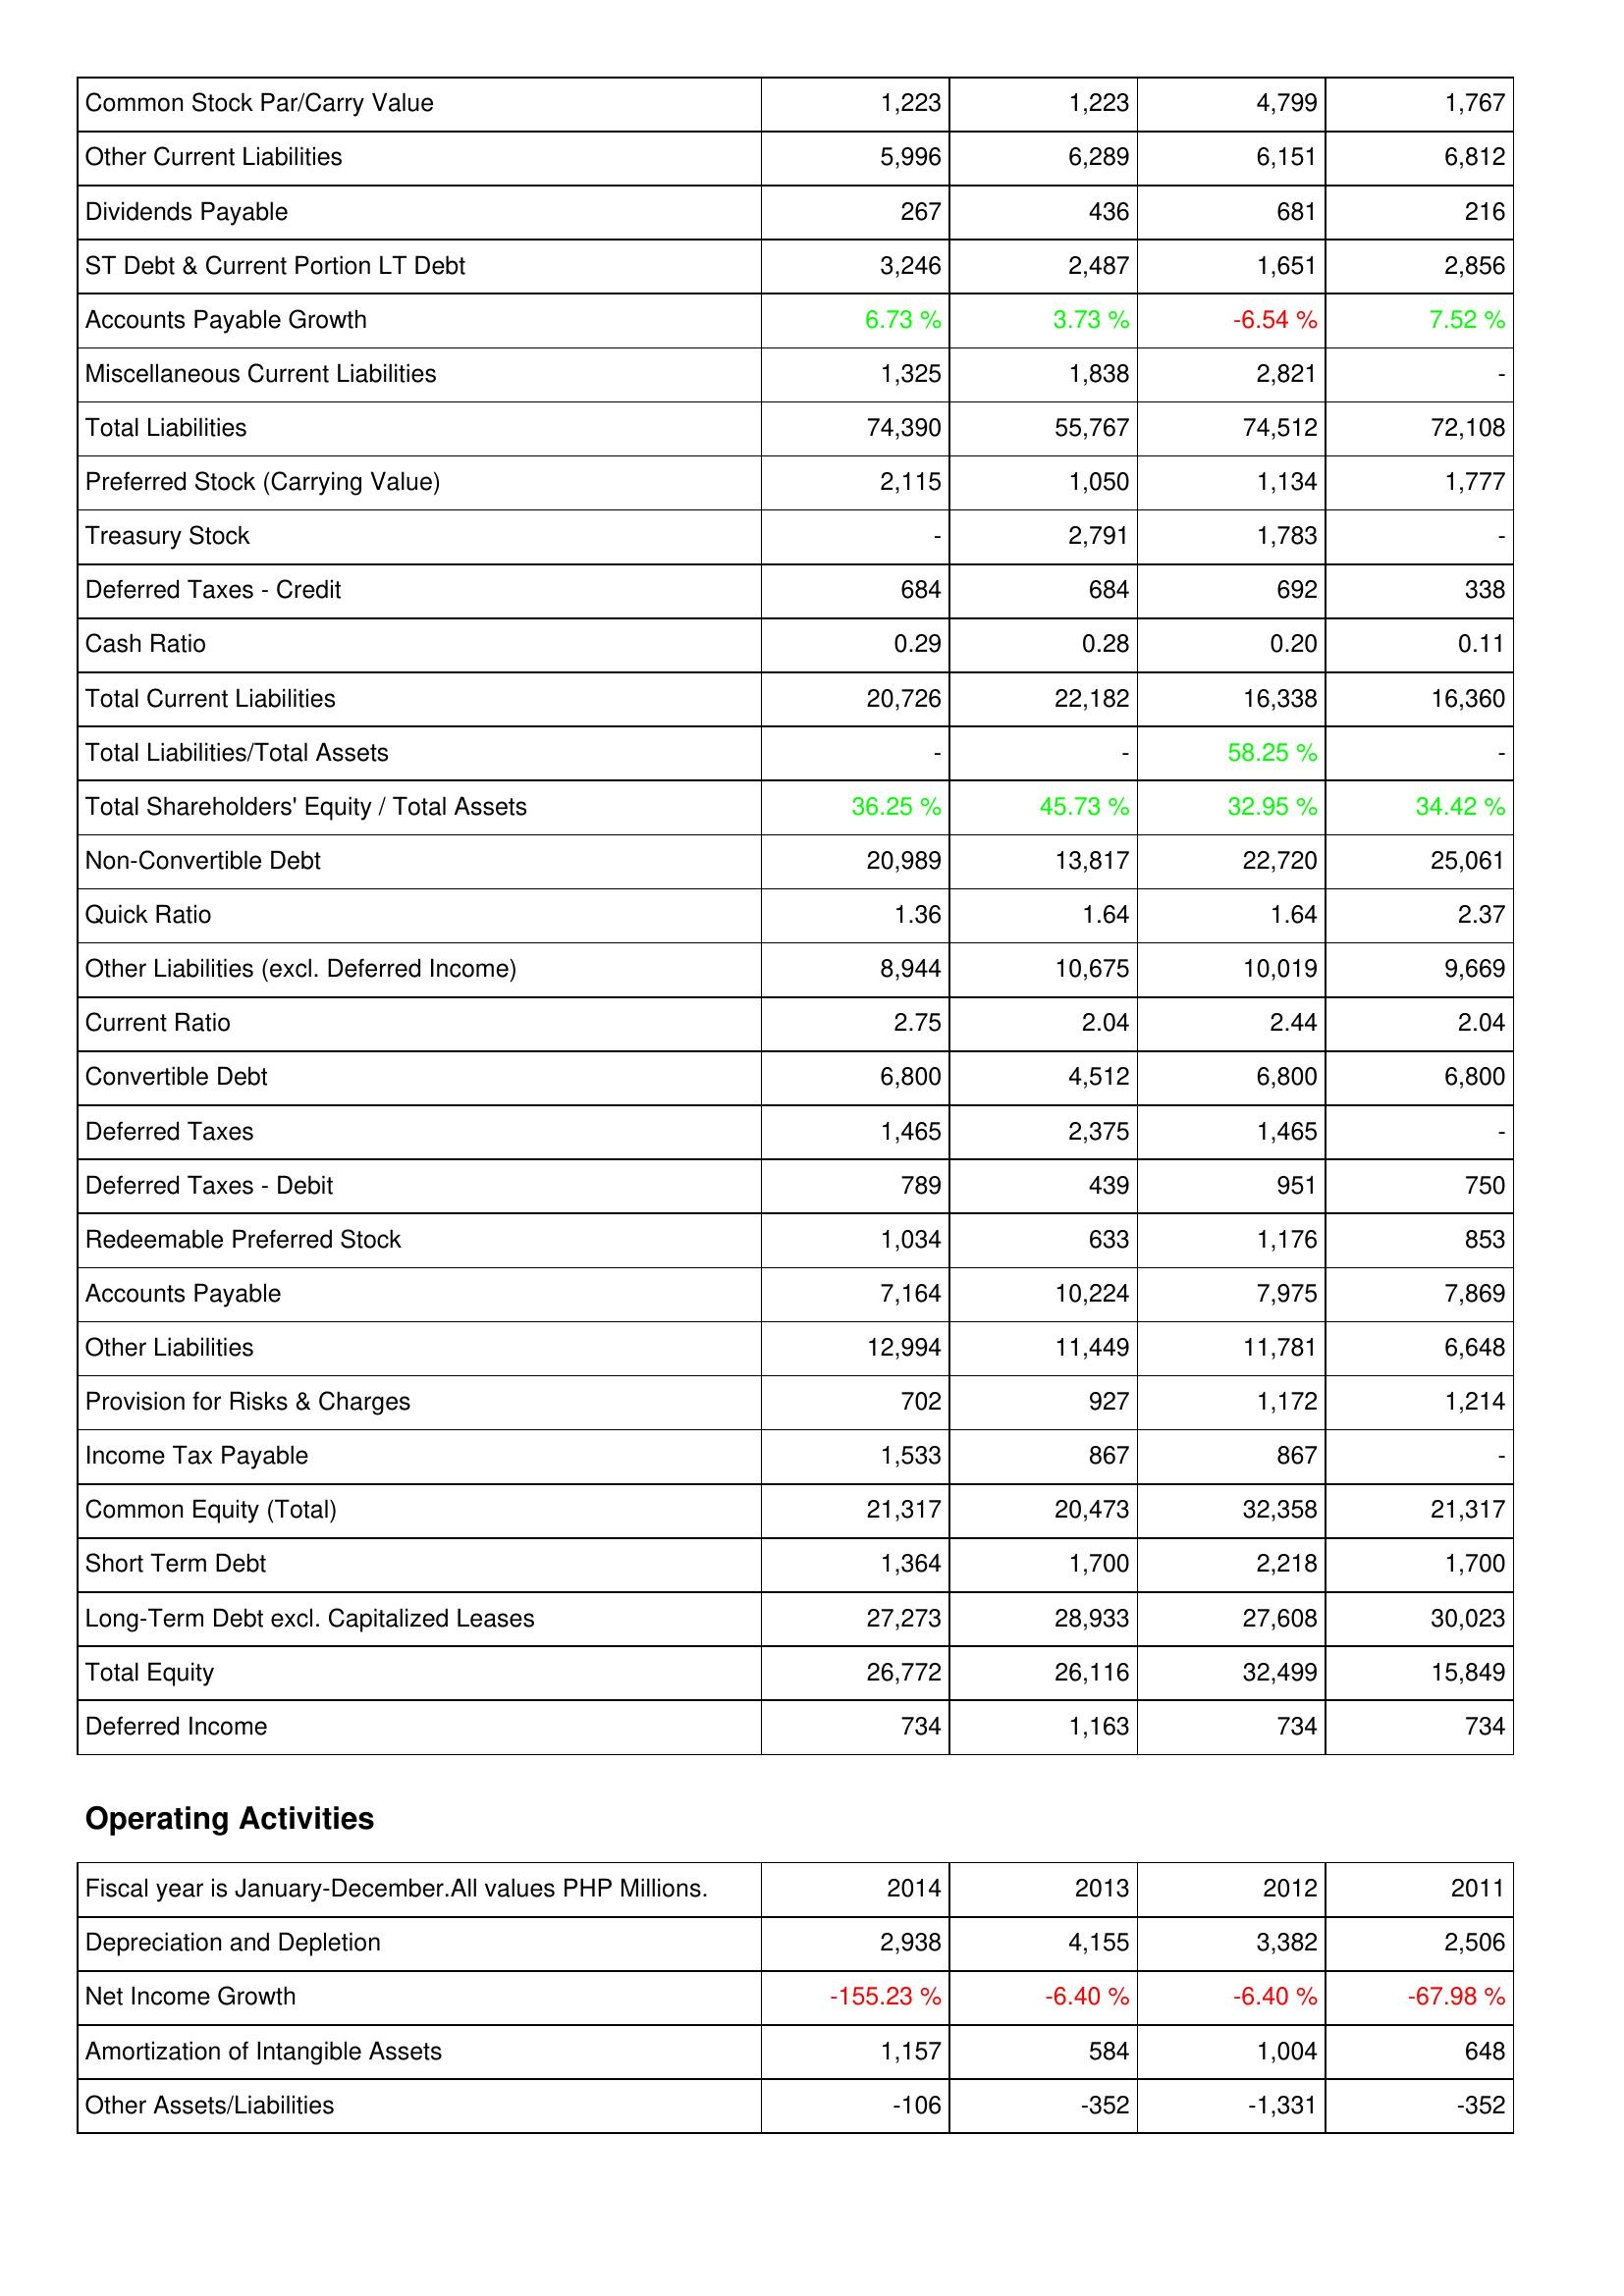
2014: Liabilities & Shareholders' Equity: Common Stock Par/Carry Value: 1,223
Other Current Liabilities: 5,996
Dividends Payable: 267
ST Debt & Current Portion LT Debt: 3,246
Accounts Payable Growth: 6.73 %
Miscellaneous Current Liabilities: 1,325
Total Liabilities: 74,390
Preferred Stock (Carrying Value): 2,115
Treasury Stock: -
Deferred Taxes - Credit: 684
Cash Ratio: 0.29
Total Current Liabilities: 20,726
Total Liabilities/Total Assets: -
Total Shareholders' Equity / Total Assets: 36.25 %
Non-Convertible Debt: 20,989
Quick Ratio: 1.36
Other Liabilities (excl. Deferred Income): 8,944
Current Ratio: 2.75
Convertible Debt: 6,800
Deferred Taxes: 1,465
Deferred Taxes - Debit: 789
Redeemable Preferred Stock: 1,034
Accounts Payable: 7,164
Other Liabilities: 12,994
Provision for Risks & Charges: 702
Income Tax Payable: 1,533
Common Equity (Total): 21,317
Short Term Debt: 1,364
Long-Term Debt excl. Capitalized Leases: 27,273
Total Equity: 26,772
Deferred Income: 734
Operating Activities: Depreciation and Depletion: 2,938
Net Income Growth: -155.23 %
Amortization of Intangible Assets: 1,157
Other Assets/Liabilities: -106
2013: Liabilities & Shareholders' Equity: Common Stock Par/Carry Value: 1,223
Other Current Liabilities: 6,289
Dividends Payable: 436
ST Debt & Current Portion LT Debt: 2,487
Accounts Payable Growth: 3.73 %
Miscellaneous Current Liabilities: 1,838
Total Liabilities: 55,767
Preferred Stock (Carrying Value): 1,050
Treasury Stock: 2,791
Deferred Taxes - Credit: 684
Cash Ratio: 0.28
Total Current Liabilities: 22,182
Total Liabilities/Total Assets: -
Total Shareholders' Equity / Total Assets: 45.73 %
Non-Convertible Debt: 13,817
Quick Ratio: 1.64
Other Liabilities (excl. Deferred Income): 10,675
Current Ratio: 2.04
Convertible Debt: 4,512
Deferred Taxes: 2,375
Deferred Taxes - Debit: 439
Redeemable Preferred Stock: 633
Accounts Payable: 10,224
Other Liabilities: 11,449
Provision for Risks & Charges: 927
Income Tax Payable: 867
Common Equity (Total): 20,473
Short Term Debt: 1,700
Long-Term Debt excl. Capitalized Leases: 28,933
Total Equity: 26,116
Deferred Income: 1,163
Operating Activities: Depreciation and Depletion: 4,155
Net Income Growth: -6.40 %
Amortization of Intangible Assets: 584
Other Assets/Liabilities: -352
2012: Liabilities & Shareholders' Equity: Common Stock Par/Carry Value: 4,799
Other Current Liabilities: 6,151
Dividends Payable: 681
ST Debt & Current Portion LT Debt: 1,651
Accounts Payable Growth: -6.54 %
Miscellaneous Current Liabilities: 2,821
Total Liabilities: 74,512
Preferred Stock (Carrying Value): 1,134
Treasury Stock: 1,783
Deferred Taxes - Credit: 692
Cash Ratio: 0.20
Total Current Liabilities: 16,338
Total Liabilities/Total Assets: 58.25 %
Total Shareholders' Equity / Total Assets: 32.95 %
Non-Convertible Debt: 22,720
Quick Ratio: 1.64
Other Liabilities (excl. Deferred Income): 10,019
Current Ratio: 2.44
Convertible Debt: 6,800
Deferred Taxes: 1,465
Deferred Taxes - Debit: 951
Redeemable Preferred Stock: 1,176
Accounts Payable: 7,975
Other Liabilities: 11,781
Provision for Risks & Charges: 1,172
Income Tax Payable: 867
Common Equity (Total): 32,358
Short Term Debt: 2,218
Long-Term Debt excl. Capitalized Leases: 27,608
Total Equity: 32,499
Deferred Income: 734
Operating Activities: Depreciation and Depletion: 3,382
Net Income Growth: -6.40 %
Amortization of Intangible Assets: 1,004
Other Assets/Liabilities: -1,331
2011: Liabilities & Shareholders' Equity: Common Stock Par/Carry Value: 1,767
Other Current Liabilities: 6,812
Dividends Payable: 216
ST Debt & Current Portion LT Debt: 2,856
Accounts Payable Growth: 7.52 %
Miscellaneous Current Liabilities: -
Total Liabilities: 72,108
Preferred Stock (Carrying Value): 1,777
Treasury Stock: -
Deferred Taxes - Credit: 338
Cash Ratio: 0.11
Total Current Liabilities: 16,360
Total Liabilities/Total Assets: -
Total Shareholders' Equity / Total Assets: 34.42 %
Non-Convertible Debt: 25,061
Quick Ratio: 2.37
Other Liabilities (excl. Deferred Income): 9,669
Current Ratio: 2.04
Convertible Debt: 6,800
Deferred Taxes: -
Deferred Taxes - Debit: 750
Redeemable Preferred Stock: 853
Accounts Payable: 7,869
Other Liabilities: 6,648
Provision for Risks & Charges: 1,214
Income Tax Payable: -
Common Equity (Total): 21,317
Short Term Debt: 1,700
Long-Term Debt excl. Capitalized Leases: 30,023
Total Equity: 15,849
Deferred Income: 734
Operating Activities: Depreciation and Depletion: 2,506
Net Income Growth: -67.98 %
Amortization of Intangible Assets: 648
Other Assets/Liabilities: -352